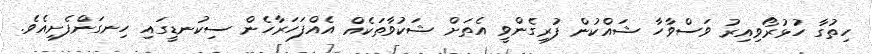
ހިތުގާ ހުޅުރޯވިއިރު ވަސްވާހާ ޝައްކުން ފުރިގެންވީ އެތަށް ޝަކުވާތަކެއް އެއްފަހަރާހެން ސިކުނޑީގައި ހިނގަންފެށިއެވެ.